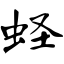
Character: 蛏